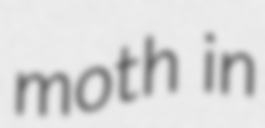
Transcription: moth in